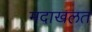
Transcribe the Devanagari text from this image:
मदाखलत